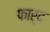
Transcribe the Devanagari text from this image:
फार्द